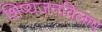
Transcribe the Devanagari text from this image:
शिष्यजनविलाप